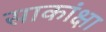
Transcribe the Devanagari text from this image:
साकांक्षा